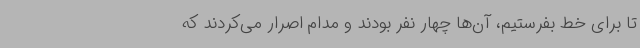
تا برای خط بفرستیم، آن‌ها چهار نفر بودند و مدام اصرار می‌کردند که